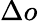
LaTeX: \Delta o